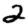
Digit: 2